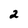
Character: 2